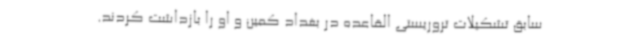
سابق تشکیلات تروریستی القاعده در بغداد کمین و او را بازداشت کردند.